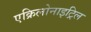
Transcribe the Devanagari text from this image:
एक्रिलोनाइट्रिल